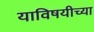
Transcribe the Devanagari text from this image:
याविषयीच्या